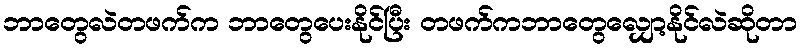
ဘာတွေလဲတဖက်က ဘာတွေပေးနိုင်ပြီး တဖက်ကဘာတွေလျှော့နိုင်လဲဆိုတာ